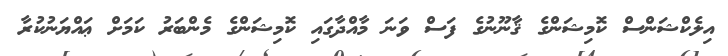
އިލެކްޝަންސް ކޮމިޝަންގެ ޤާނޫނުގެ ފަސް ވަނަ މާއްދާގައި ކޮމިޝަންގެ މެންބަރު ކަމަށް ޢައްޔަނުކުރާ